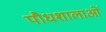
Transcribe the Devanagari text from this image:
पौधशालाओं